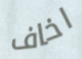
اخاف